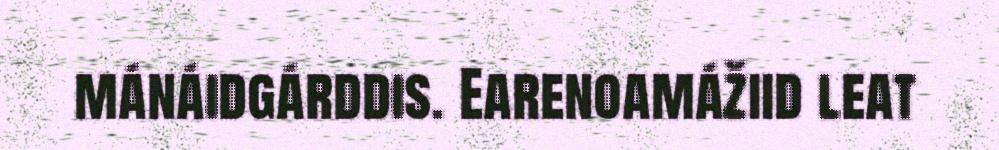
mánáidgárddis. Earenoamážiid leat